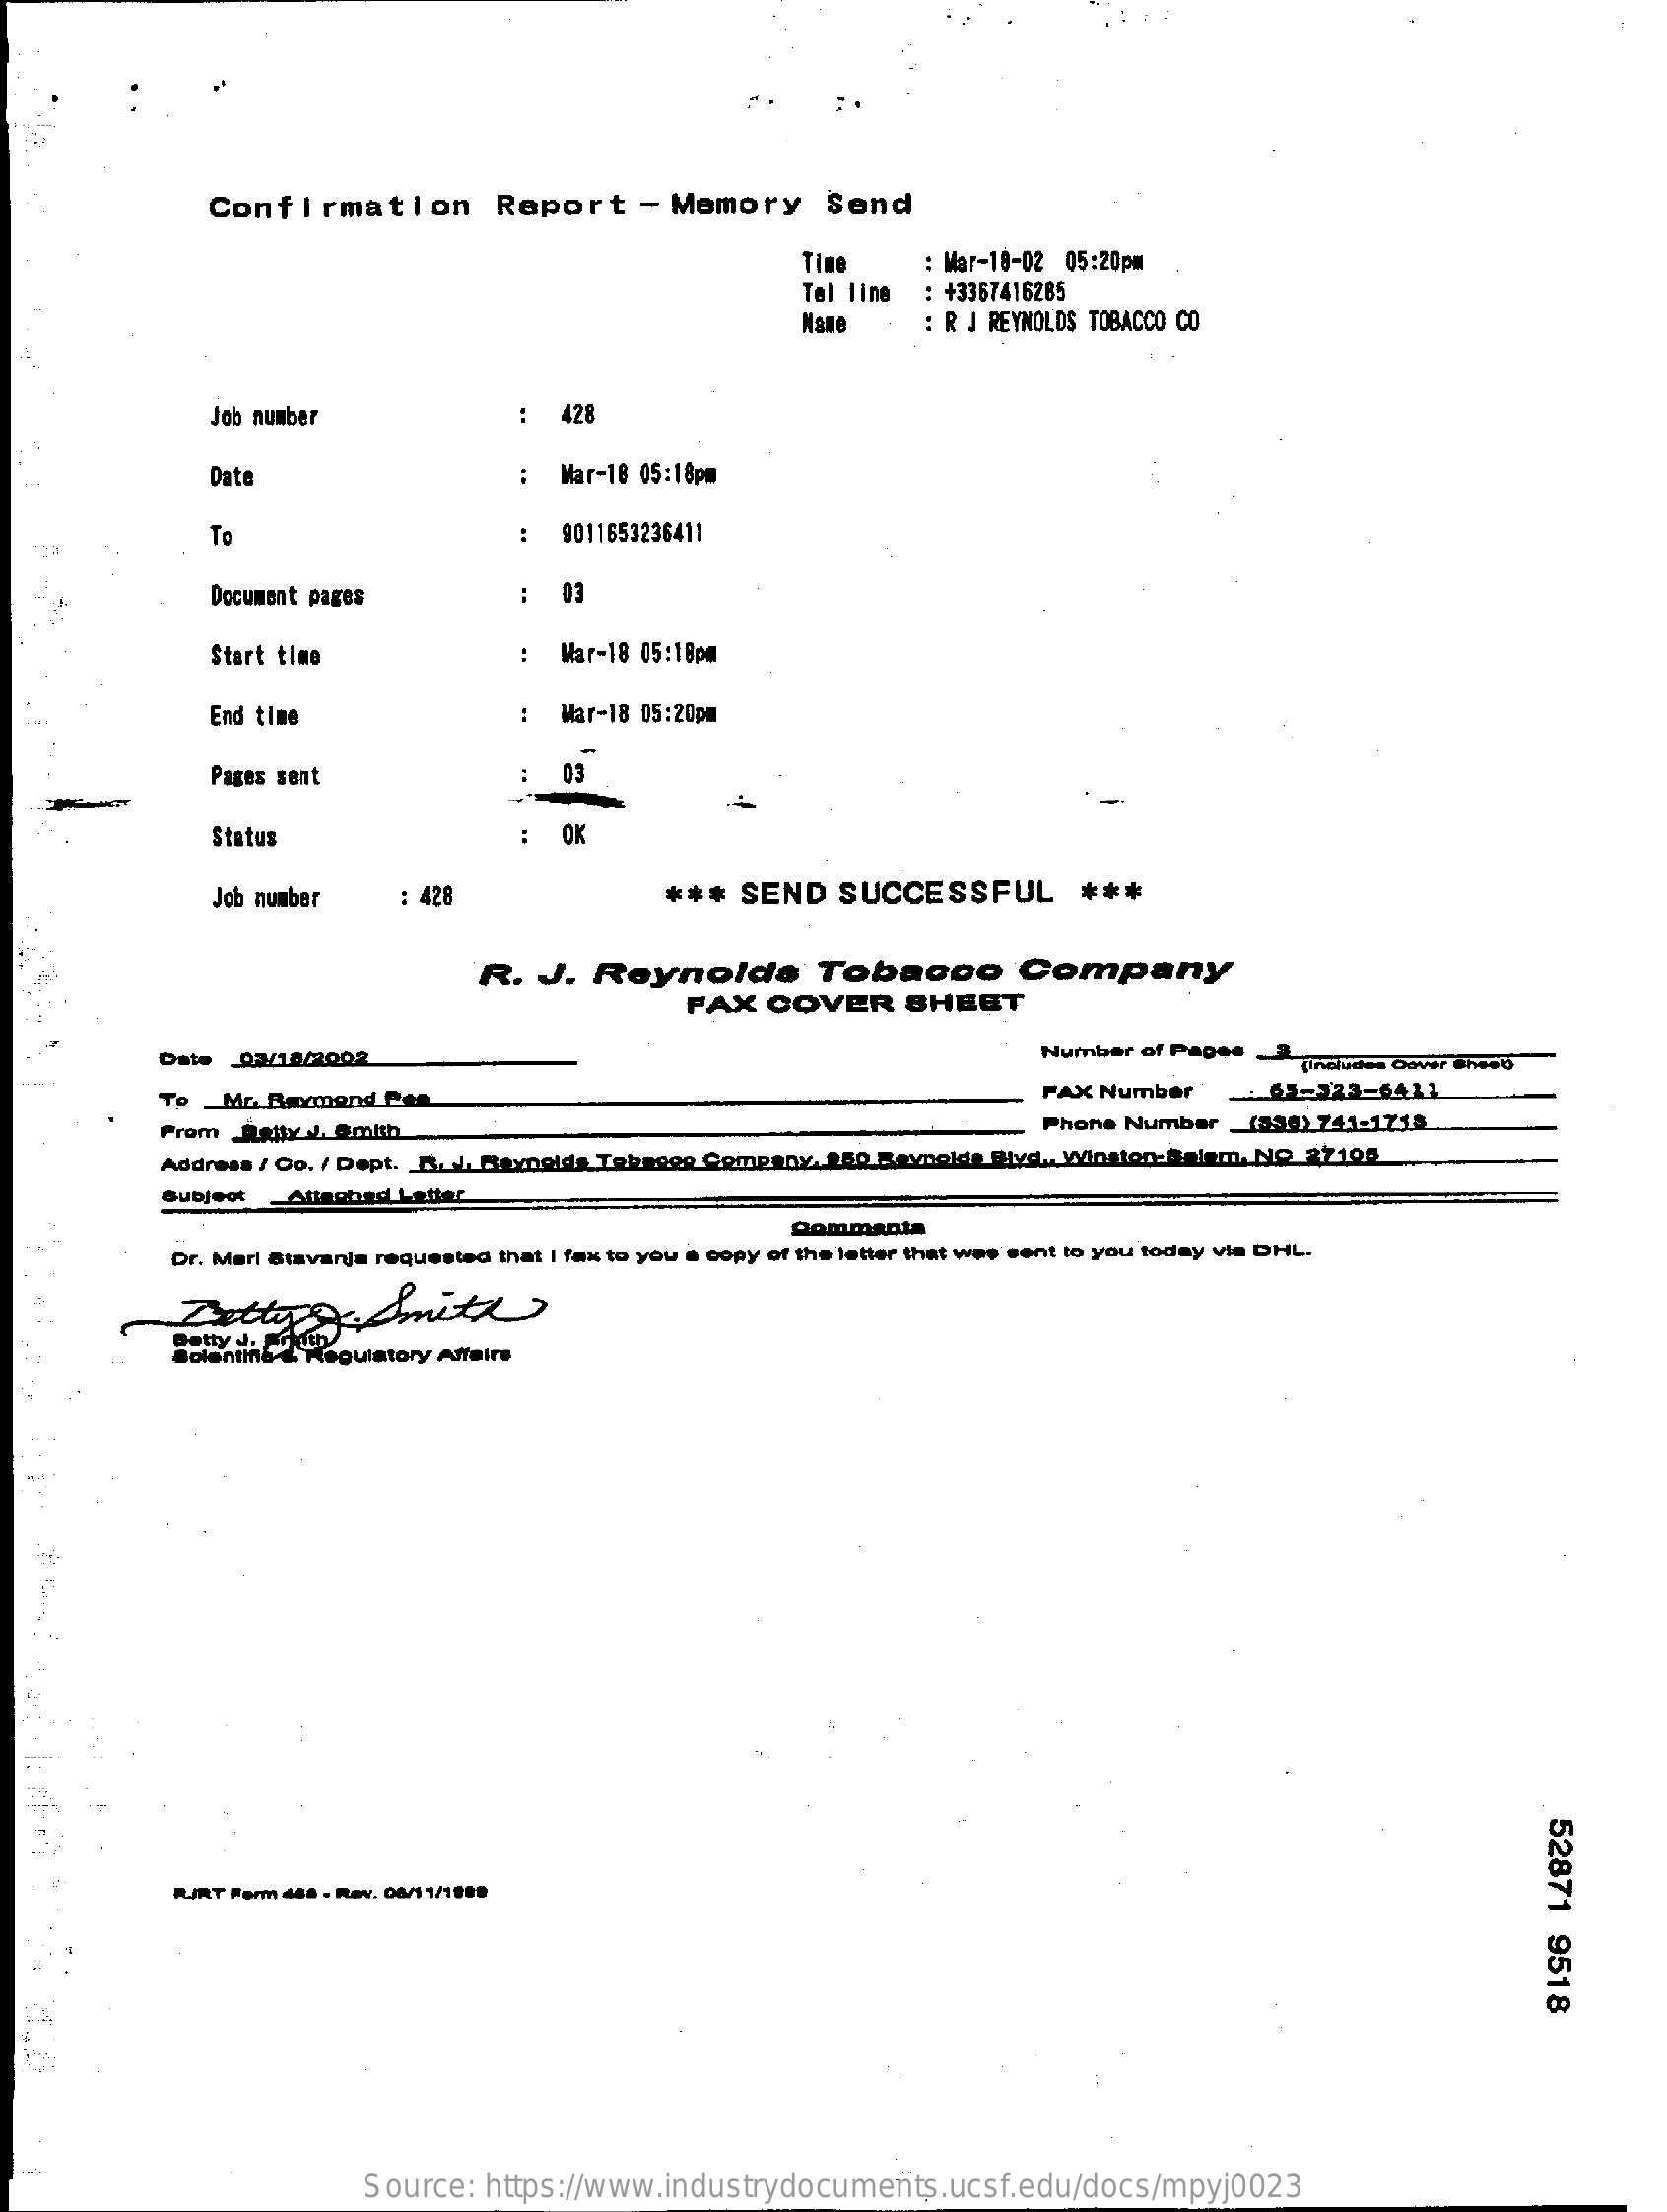
Confirmation    Report    - Memory    Send
     Time    : Mar-18-02 05:20pm
     Tel line : +3367416285
     Name    : R J REYNOLDS TOBACCO CO
     Job number    428
     Date    Mar-18 05:18pm
     :  9011653236411
     Document pages
     Start time    :  Mar-18 05:18pm
     End time    :  Mar-18 05:20pm
     Pages sent    03
     Status    OK
     Job number  : 428    ***  SEND  SUCCESSFUL    ***
     R. J.  Reynolds    Tobacco    Company
     FAX   COVER    SHEET
     Date 93/10/2002    Number of Pages .3.
     (includes Cover Cheob
     To _Mr. Raymond Per    FAX Number    65-323-6411
     From Relty J. Smith    Phone Number  (396) 741-1718
     Address / Co. / Dept. R. J. Reynolds Tobacco Company, 250 Reynolde Blvd ., Winston-Salem, No 27100
     Subjeot  Attached Letter
     commenta
     Dr. Mari Stavanja requested that I fax to you a copy of the letter that was sent to you today via DHL.
     Dettypy    Smith
     Solentina & Regulatory Affairs
     52871
     9518
     RUJRT Form 488 - Rev. 06/11/1989
     Source: https://www.industrydocuments.ucsf.edu/docs/mpyj0023